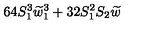
6 4 S _ { 1 } ^ { 3 } \widetilde { w } _ { 1 } ^ { 3 } + 3 2 S _ { 1 } ^ { 2 } S _ { 2 } \widetilde { w }